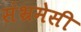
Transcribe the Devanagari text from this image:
संभ्रमेसी